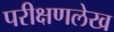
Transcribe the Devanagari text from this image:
परीक्षणलेख